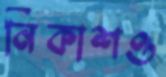
নিকাশও